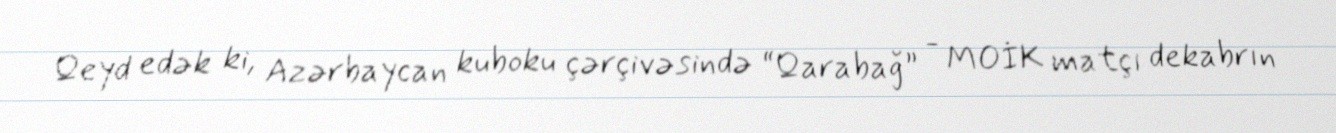
Qeyd edək ki, Azərbaycan kuboku çərçivəsində “Qarabağ” - MOİK matçı dekabrın